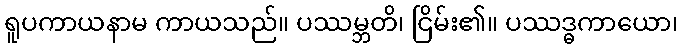
ရူပကာယနာမ ကာယသည်။ ပဿမ္ဘတိ၊ ငြိမ်း၏။ ပဿဒ္ဓကာယော၊